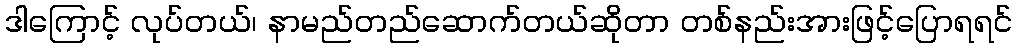
ဒါကြောင့် လုပ်တယ်၊ နာမည်တည်ဆောက်တယ်ဆိုတာ တစ်နည်းအားဖြင့်ပြောရရင်